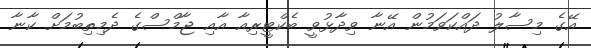
އޭގެ މިސާލު ދައްކަވަމުން އޭނާ ވިދާޅުވީ ބެކްޓީރިއާ އާއި ޖާމްސްގެ ދެމިތިބުމަށް ކާނާ